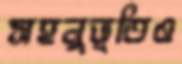
সহনুভূতিও